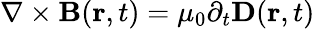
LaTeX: \nabla\times{\mathbf B}({\mathbf r},t)=\mu_{0}\partial_{t}{\mathbf D}({\mathbf r},t)